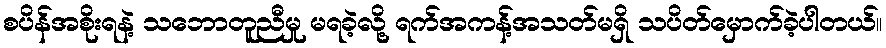
စပိန်အစိုးရနဲ့ သဘောတူညီမှု မရခဲ့လို့ ရက်အကန့်အသတ်မရှိ သပိတ်မှောက်ခဲ့ပါတယ်။